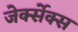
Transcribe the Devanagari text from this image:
जेर्क्सेक्स